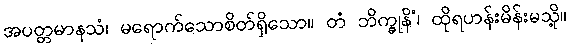
အပတ္တမာနသံ၊ မရောက်သောစိတ်ရှိသော။ တံ ဘိက္ခုနိံ၊ ထိုရဟန်းမိန်းမသို့။